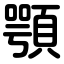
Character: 顎